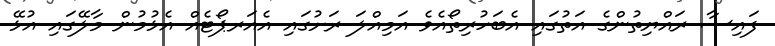
ފައިސާ ރައްޔިތުންގެ އަތުގައި އެބަހުރިތޯއެވެ އަމިއްލަ ރަށުގައި އެއަރޕޯޓެއް އެޅުމުން މާލޭގައި އުޅޭ